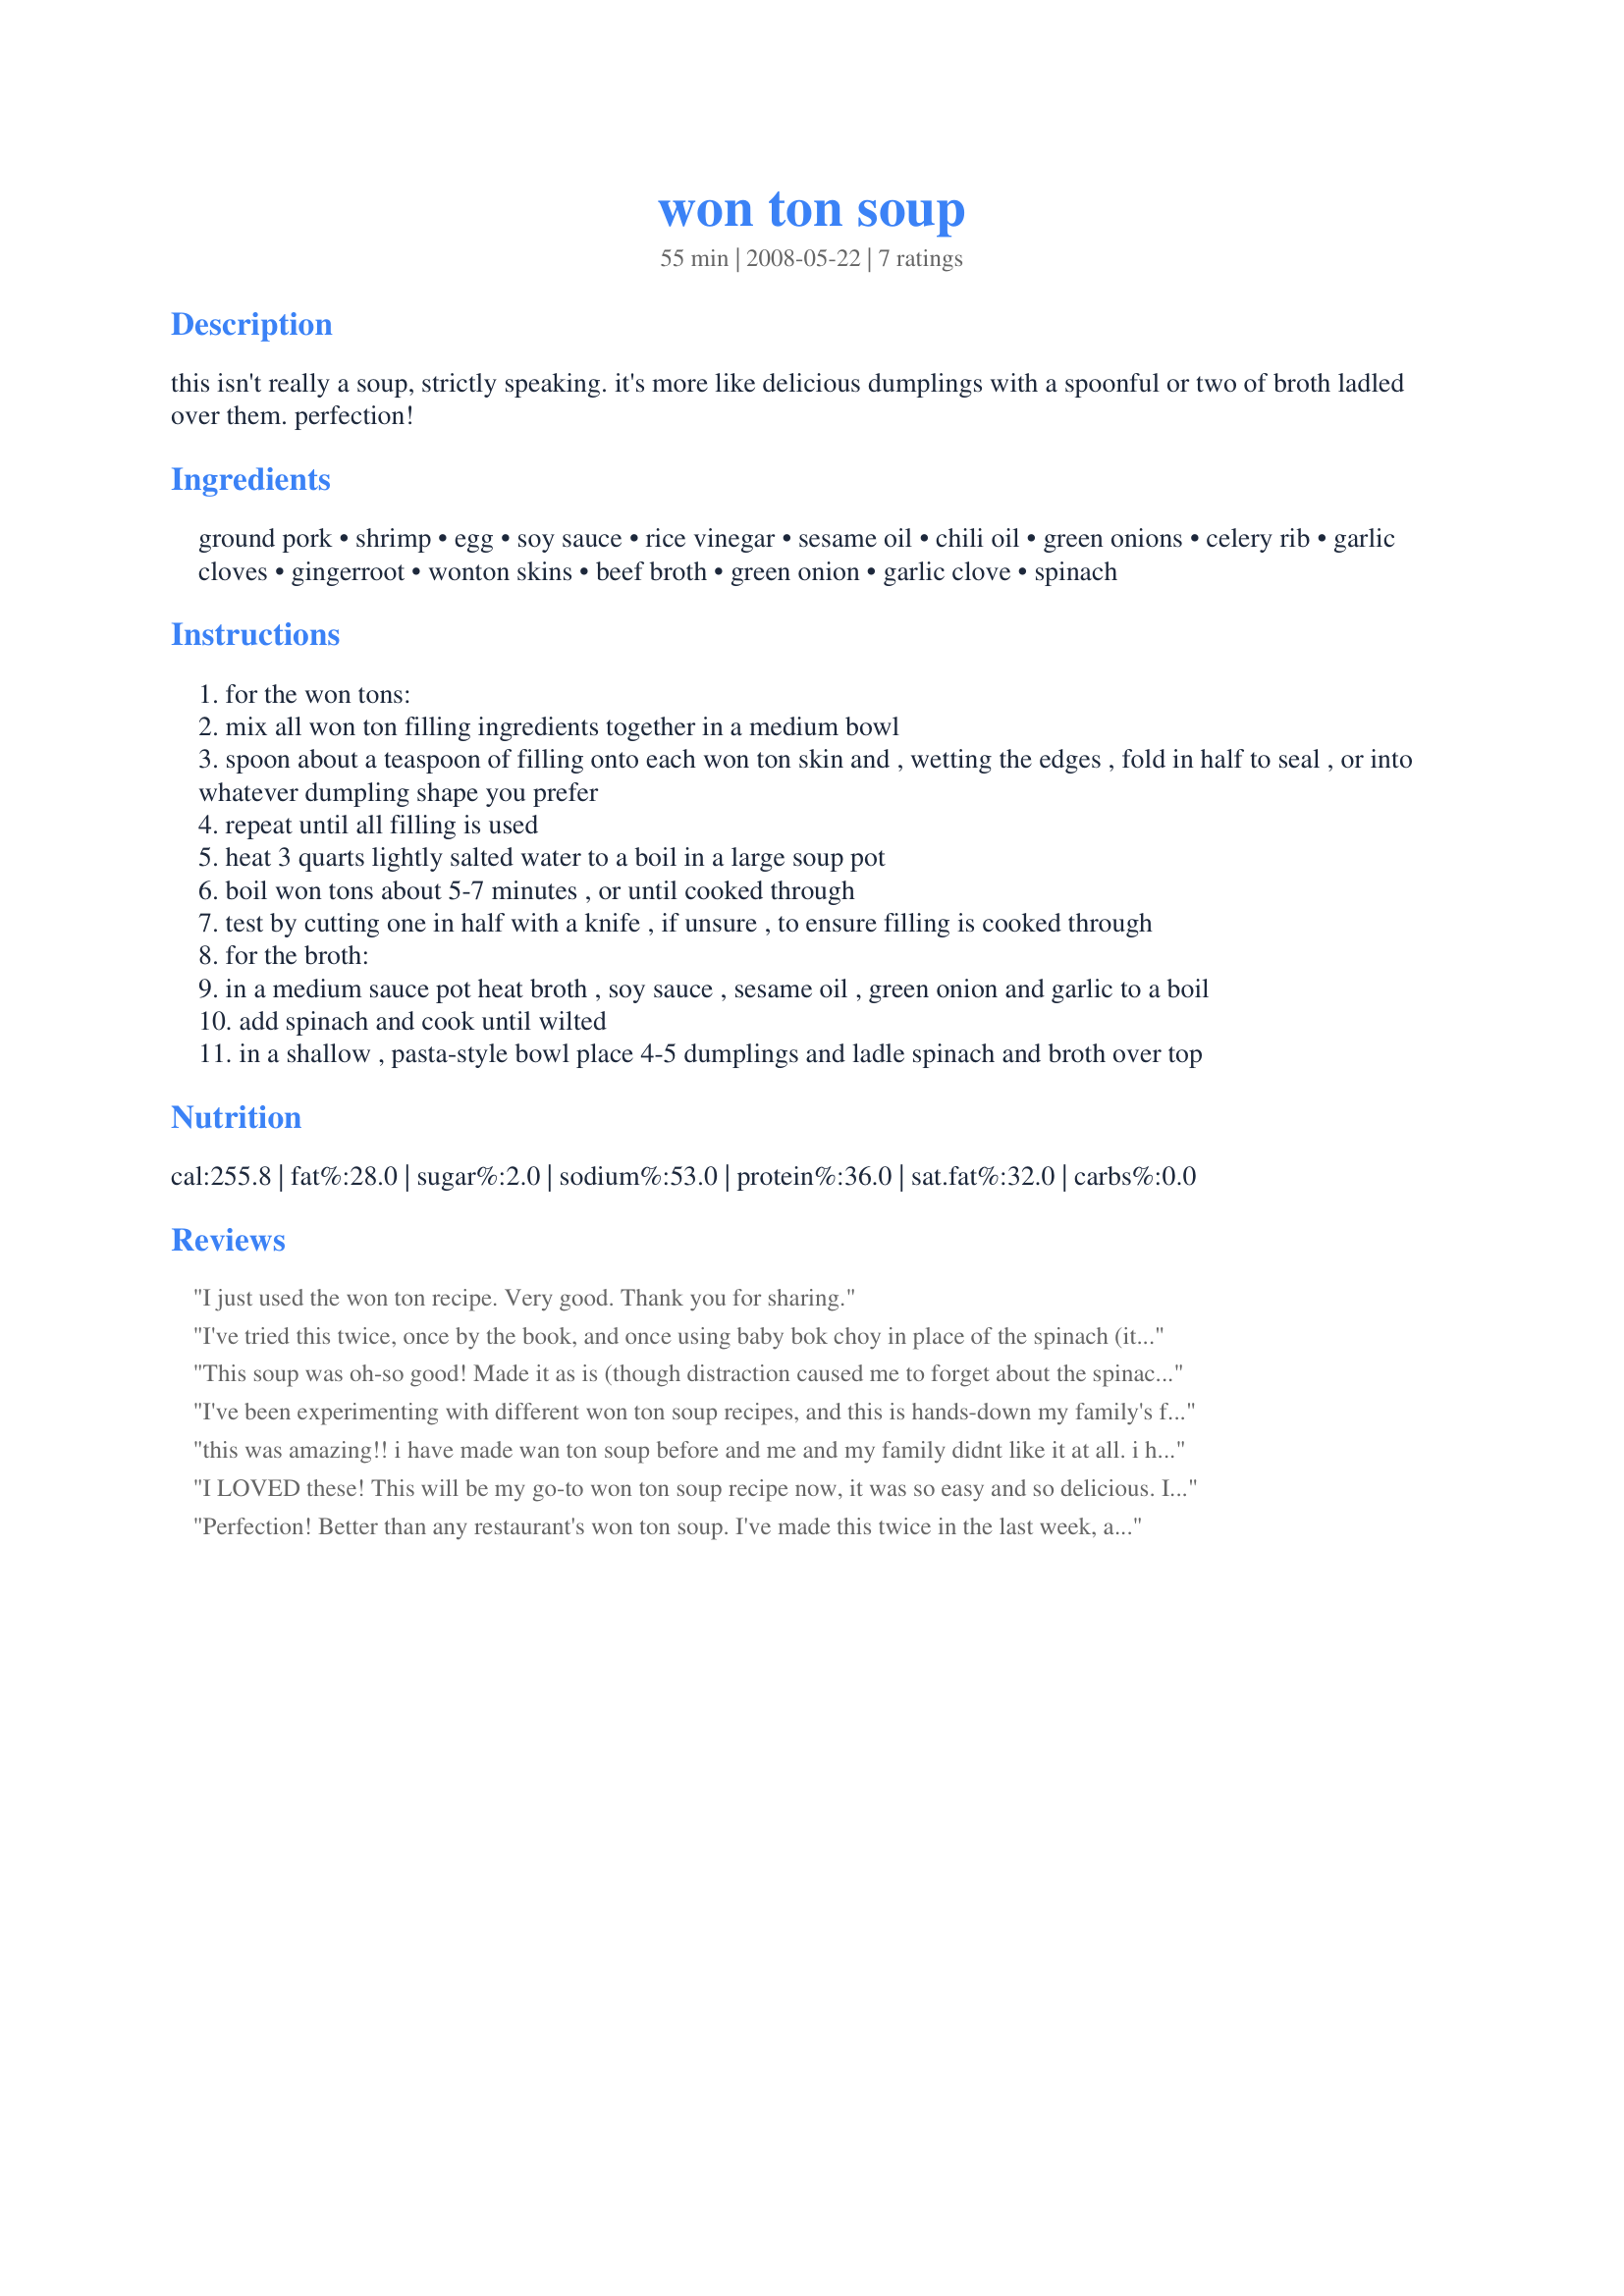
won ton soup
Preparation time: 55 minutes

this isn't really a soup, strictly speaking. it's more like delicious dumplings with a spoonful or two of broth ladled over them. perfection!

Ingredients:
ground pork, shrimp, egg, soy sauce, rice vinegar, sesame oil, chili oil, green onions, celery rib, garlic cloves, gingerroot, wonton skins, beef broth, green onion, garlic clove, spinach

Steps:
for the won tons:
mix all won ton filling ingredients together in a medium bowl
spoon about a teaspoon of filling onto each won ton skin and , wetting the edges , fold in half to seal , or into whatever dumpling shape you prefer
repeat until all filling is used
heat 3 quarts lightly salted water to a boil in a large soup pot
boil won tons about 5-7 minutes , or until cooked through
test by cutting one in half with a knife , if unsure , to ensure filling is cooked through
for the broth:
in a medium sauce pot heat broth , soy sauce , sesame oil , green onion and garlic to a boil
add spinach and cook until wilted
in a shallow , pasta-style bowl place 4-5 dumplings and ladle spinach and broth over top

Reviews:
I just used the won ton recipe. Very good. Thank you for sharing.
I've tried this twice, once by the book, and once using baby bok choy in place of the spinach (it was what I had at the time). The whole family loved it both times.

I would recommend maybe using 2 packs of wonton skins - for me, one isn't quite enough and I end up making meat balls out of the remaining filling.

We like this with a salad covered with Benihana Ginger Salad Dressing (#1985) - gives us something to do with the rest of the ginger root as well.
This soup was oh-so good! Made it as is (though distraction caused me to forget about the spinach), and my kidlets couldn't get enough of it! The broth could also be a base for other simple soups, if you do not feel like making the won tons. Will be trying the broth with some shitakes and tofu for a simple soup. I look forward to making this won ton soup again!
I've been experimenting with different won ton soup recipes, and this is hands-down my family's favorite. I had my doubts about the beef broth, but silly me! it is simply perfect exactly as written. I have made it several times now and my only complaint is that the recipe says it serves 6, but 3 is more like it. Also, 1 package of won ton skins was nowhere near enough - which is good because I have plenty of dumplings left over to make another batch of this wonderful soup another day. Thanks SO much for posting this!
this was amazing!! i have made wan ton soup before and me and my family didnt like it at all. i had a school project where i had to make somthing with meat in it and record changes and this was perfect for that!! thanks for posting the recipe! :)
I LOVED these! This will be my go-to won ton soup recipe now, it was so easy and so delicious. I made a few changes based on what I had on hand....I used ground turkey instead of pork/shrimp and used cabbage instead of spinach, and added waterchestnuts. They were just wonderful! The broth was equally as good too. Thanks for sharing!
Perfection! Better than any restaurant's won ton soup. I've made this twice in the last week, adding veggies the second time
